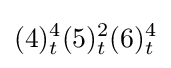
(4)_{t}^{4}(5)_{t}^{2}(6)_{t}^{4}